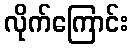
လိုက်ကြောင်း